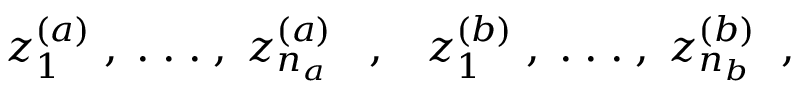
z _ { 1 } ^ { ( a ) } \; , \; . \; . \; . \; , \; z _ { n _ { a } } ^ { ( a ) } \; \; \; , \; \; \; z _ { 1 } ^ { ( b ) } \; , \; . \; . \; . \; , \; z _ { n _ { b } } ^ { ( b ) } \; \; ,